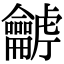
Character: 𪛍